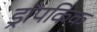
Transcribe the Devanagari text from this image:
ड्रॉपकिक